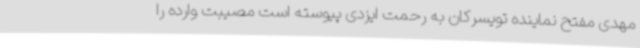
مهدی مفتح نماینده تویسرکان به رحمت ایزدی پیوسته است مصیبت وارده را